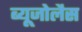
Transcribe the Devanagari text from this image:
ब्यूजोलैस